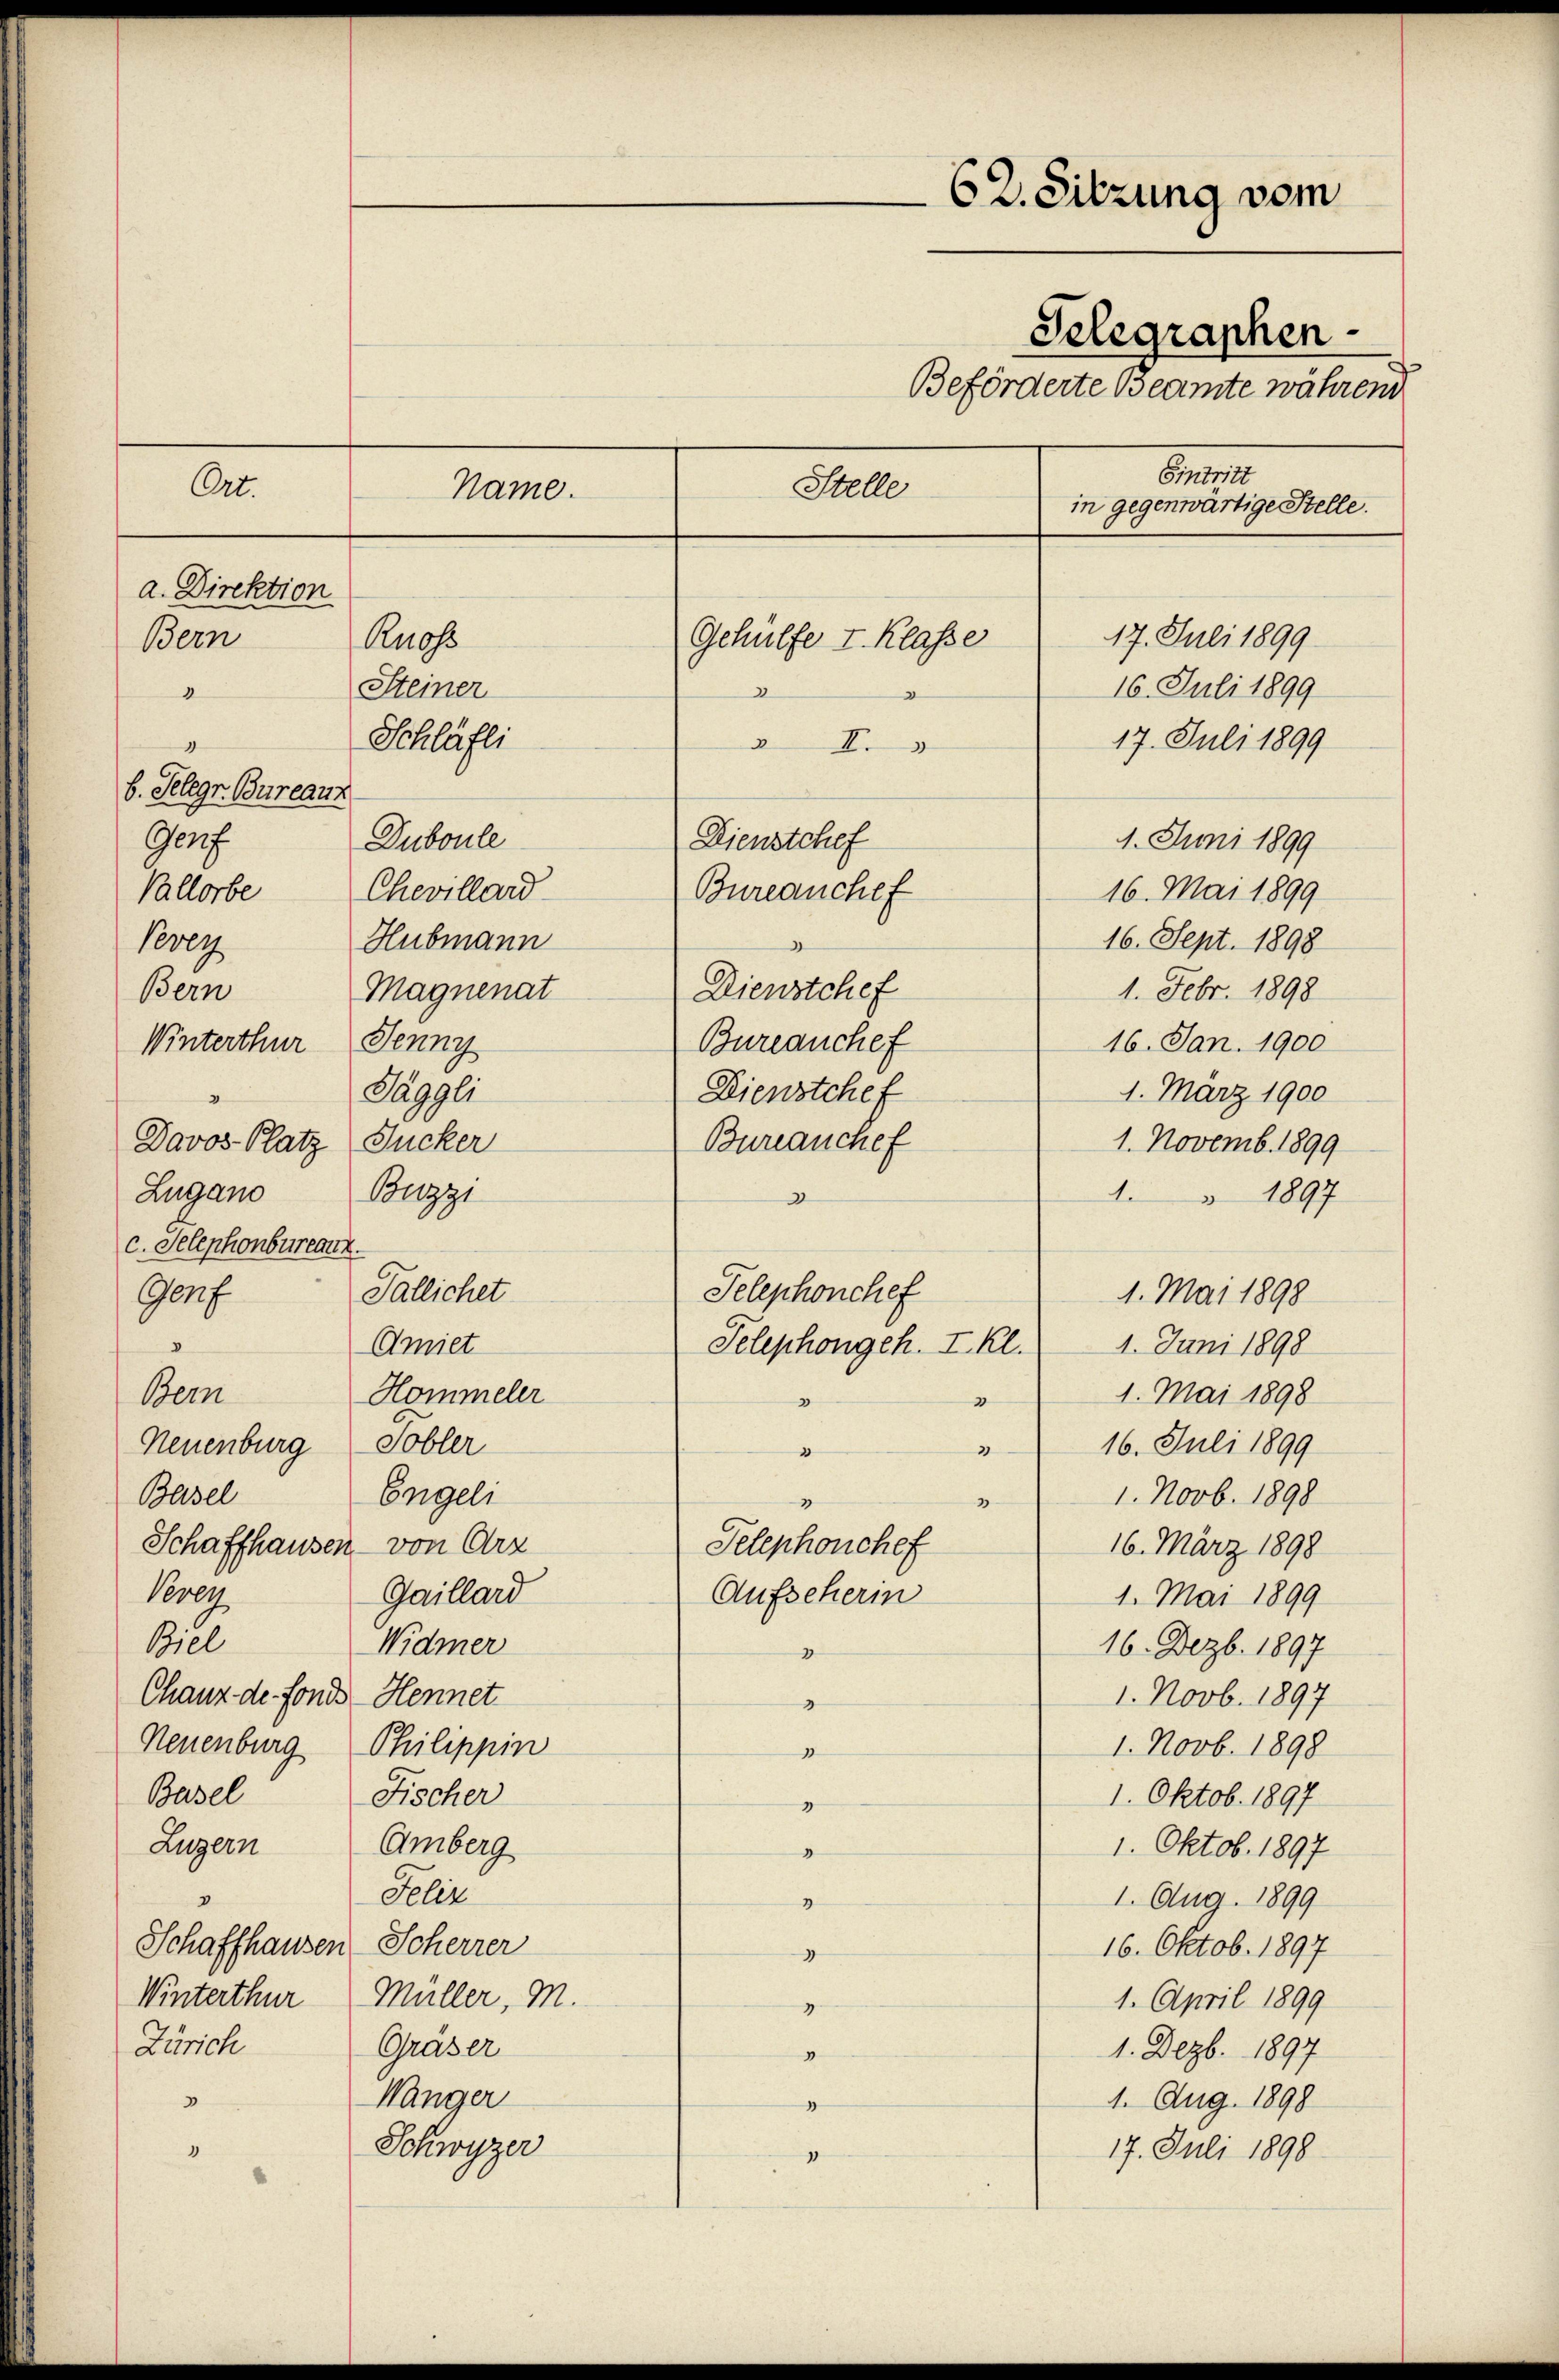
Ort

a. Direktion
Bern

Name.
Rnoss
Steiner
Schläfli
Duboule

b. Telegr. Bureaux
Gerf
Vallorbe
Pereg
Bern
Winterthur Jenny
Davos- Platz Zucker
Zugano Buzzi
c. Selephonbureaux.
Genf

Chevillard
Hubmann
Magnenat
Jäggli
Sallichet

Amiet
Bern
Hommeler
Neuenburg Sobler
Basel
Engeli
Schaffhausen - von Arz
Vevey
Gaillard
Biel
Widmer
Chauz de fondes Hennet.
Neuenburg Philippin
Basel
Fischer
Luzern
Amberg
Felix
Schaffhausen Scherrer
Winterthur Müller, M.
Zürich
Graser
Wänger
3
Schwyzer
"

62. Sitzung vom
Telegraphen-
Beförderte Beamte während
Eintritt
Stelle
in gegenwärtige Stelle.
17. Juli 1899
Gehülfe I. Klasse
16. Juli 1899
2
17. Juli 1899
 I

Dienstchef
1. Juni 1899
Bureauchef
16. Mai 1899
16. Sept. 1898
Dienstchef
1. Febr. 1898
16. Jan. 1900
Bureauchef
1. März 1900
Dienstchef
Bureauchef
1. Novemb. 1899
 1897
3
Selephonchef
1. Mai 1898
4. Juni 1898
Selephongeh. I. Kl.
1. Mai 1898
3
16. Juli 1899
3
d
1. Novb. 1898
3
3
Selephonchef
16. März 1898
Aufseherin
1. Mai 1899
16. Dezb. 1897
2
1. Novb. 1897
2
1. Novb. 1898
1
1. Oktob. 1897
1
1. Oktob. 1897
3
1. Aug. 1899
2
16. Oktob. 1897
1
1. April 1899
2
1. Dezbr. 1897
1
1. Aug. 1898
2
17. Juli 1898
1